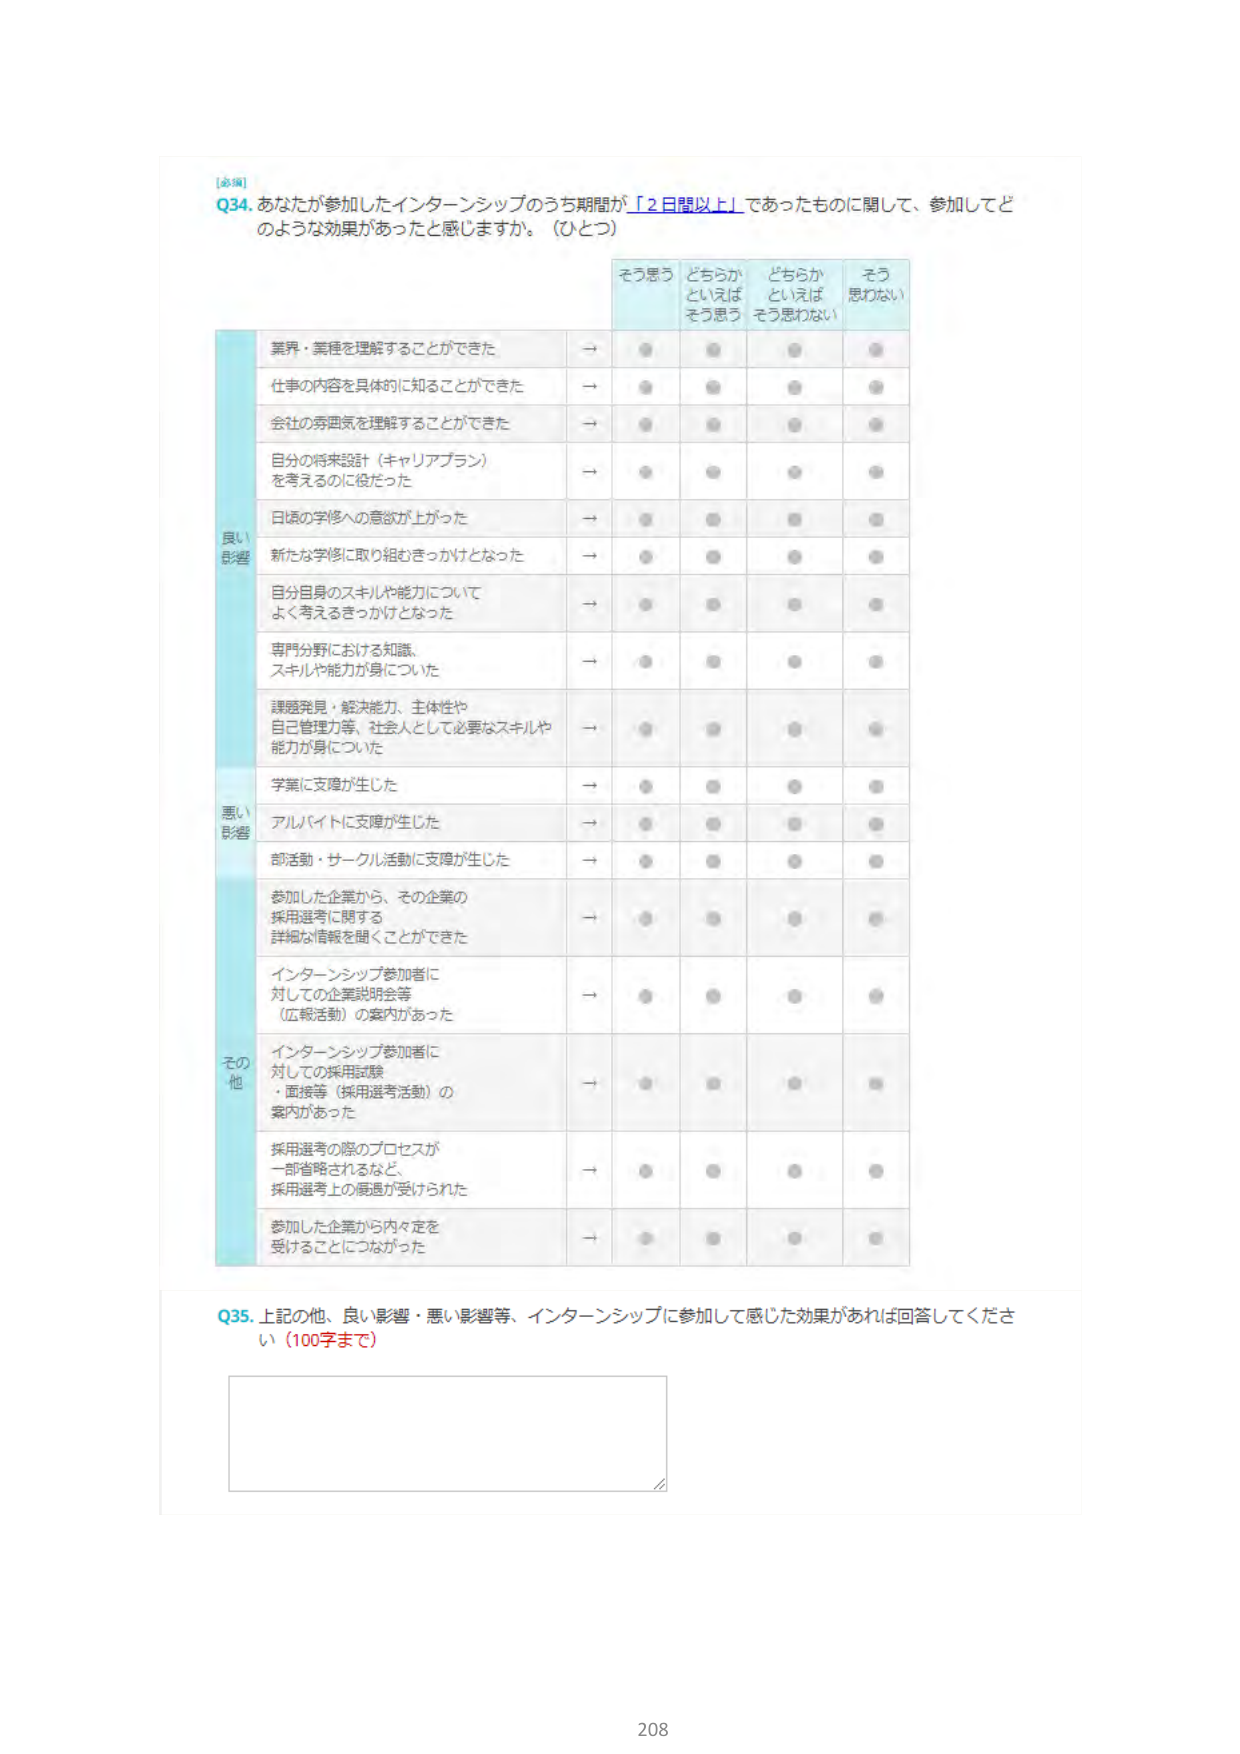
[必須]
Q34. あなたが参加したインターンシップのうち期間が「2日間以上」であったものに関して、参加してどのような効果があったと感じますか。（ひとつ）

そう思う　どちらかといえばそう思う　どちらかといえばそう思わない　そう思わない

良い影響
業界・業種を理解することができた →
仕事の内容を具体的に知ることができた →
会社の雰囲気を理解することができた →
自分の将来設計（キャリアプラン）を考えるのに役だった →
日頃の学修への意欲が上がった →
新たな学修に取り組むきっかけとなった →
自分自身のスキルや能力についてよく考えるきっかけとなった →
専門分野における知識、スキルや能力が身についた →
課題発見・解決能力、主体性や自己管理力等、社会人として必要なスキルや能力が身についた →

悪い影響
学業に支障が生じた →
アルバイトに支障が生じた →
部活動・サークル活動に支障が生じた →
参加した企業から、その企業の採用選考に関する詳細な情報を聞くことができた →
インターンシップ参加者に対しての企業説明会等（広報活動）の案内があった →
インターンシップ参加者に対しての採用試験・面接等（採用選考活動）の案内があった →
採用選考の際のプロセスが一部省略されるなど、採用選考上の優遇が受けられた →
参加した企業から内々定を受けることにつながった →

その他

Q35. 上記の他、良い影響・悪い影響等、インターンシップに参加して感じた効果があれば回答してください（100字まで）

208